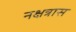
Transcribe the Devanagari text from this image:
नक्षत्रास